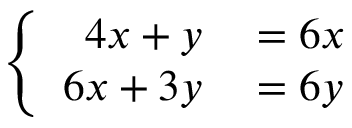
\left\{ { \begin{array} { r l } { 4 x + y } & { { } = 6 x } \\ { 6 x + 3 y } & { { } = 6 y } \end{array} } \right.